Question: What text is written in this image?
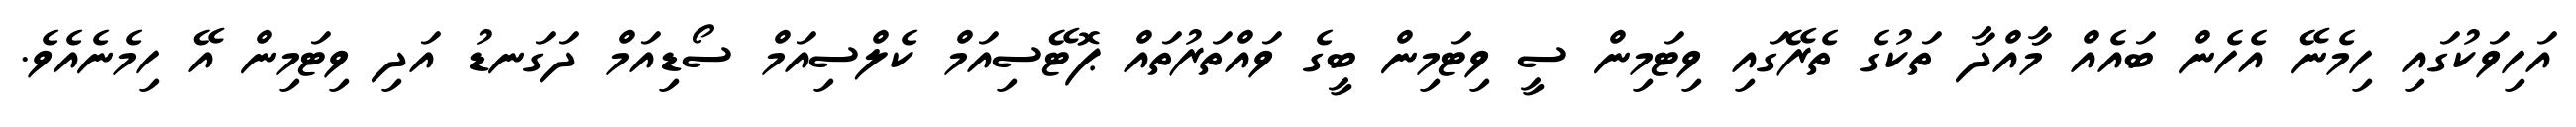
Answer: އަހިވަކުގައި ހިމެނޭ އެހެން ބައެއް މާއްދާ ތަކުގެ ތެރޭގައި ވިޓަމިން ސީ ވިޓަމިން ބީގެ ވައްތަރުތައް ޕޮޓޭސިއަމް ކެލްސިއަމް ސޯޑިއަމް ދަގަނޑު އަދި ވިޓަމިން އޭ ހިމެނެއެވެ.